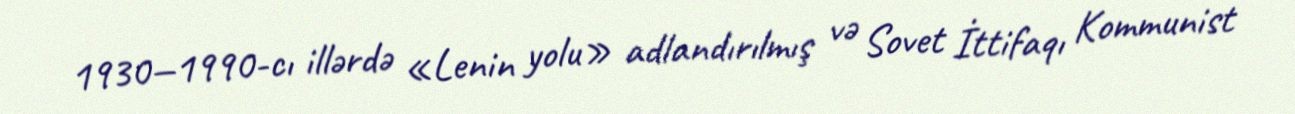
1930—1990-cı illərdə «Lenin yolu» adlandırılmış və Sovet İttifaqı Kommunist